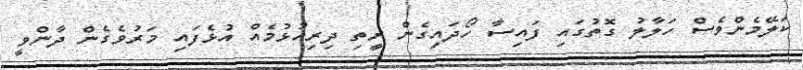
ކަލޭމެންވެސް ހަލާލު ގޮތުގައި ފައިސާ ހޯދައިގެން ރީތި ދިރިއުޅުމެއް އުޅެފައި މަރުވެގެން ދާންވީ